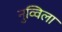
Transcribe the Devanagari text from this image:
नुव्विला